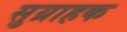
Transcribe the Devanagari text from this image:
सुग्राहक